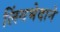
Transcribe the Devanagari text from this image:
लिंगभेदाने